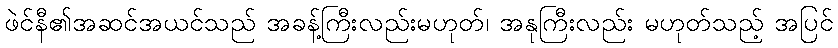
ဖဲင်နီ၏အဆင်အယင်သည် အခန့်ကြီးလည်းမဟုတ်၊ အနုကြီးလည်း မဟုတ်သည့် အပြင်